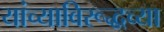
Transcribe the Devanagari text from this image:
यांच्याविरूद्धच्या